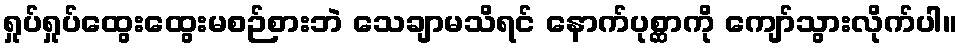
ရှုပ်ရှုပ်ထွေးထွေးမစဉ်စားဘဲ သေချာမသိရင် နောက်ပုစ္ဆာကို ကျော်သွားလိုက်ပါ။